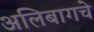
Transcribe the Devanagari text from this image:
अलिबागचे